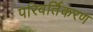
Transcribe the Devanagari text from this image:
परिवर्तिकरण